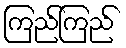
ကြည်ကြည်